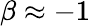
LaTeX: \beta\approx-1